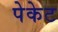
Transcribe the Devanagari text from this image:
पेकेट